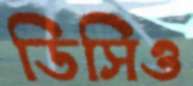
ডিসিও